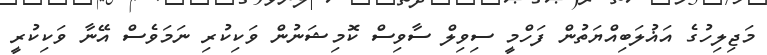
މަޖިލިހުގެ އަޣުލަބިއްޔަތުން ފަހްމީ ސިވިލް ސާވިސް ކޮމިޝަނުން ވަކިކުރި ނަމަވެސް އޭނާ ވަކިކުރީ